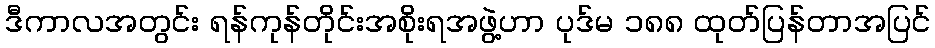
ဒီကာလအတွင်း ရန်ကုန်တိုင်းအစိုးရအဖွဲ့ဟာ ပုဒ်မ ၁၈၈ ထုတ်ပြန်တာအပြင်